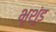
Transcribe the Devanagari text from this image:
भृशुंड